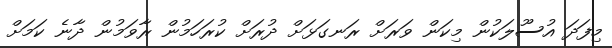
މިފަދަ އުސޫލަކުން މިކަން ވަރަށް ރަނގަޅަށް ދުރަށް ކުރަހަމުން ރާވަމުން ދާނެ ކަމަށް